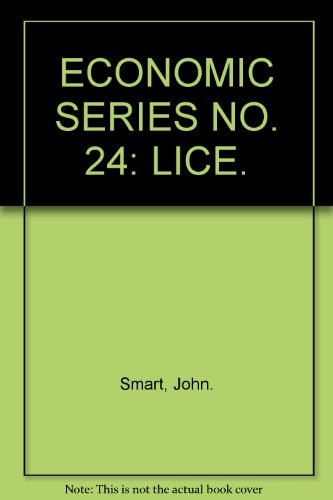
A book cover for ECONOMIC SERIES NO. 24: LICE.; John. Smart; Health, Fitness & Dieting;